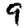
Digit: 9